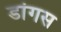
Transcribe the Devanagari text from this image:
डांगस